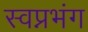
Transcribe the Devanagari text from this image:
स्वप्नभंग